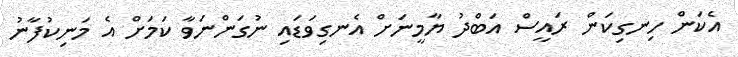
އެކަން ހިނގިކަން ރައީސް އަބްދު ޔާމީނަށް އެނގިވަޑައި ނުގަންނަވާ ކަމަށް އެ މަނިކުފާނު